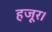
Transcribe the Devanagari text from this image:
हजूर।